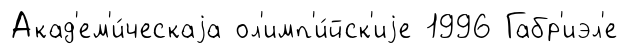
Акад'ем'и́ческаjа ол'имп'и́йск'иjе 1996 Габр'иэл'е